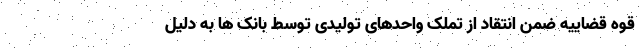
قوه قضاییه ضمن انتقاد از تملک واحدهای تولیدی توسط بانک ها به دلیل